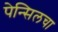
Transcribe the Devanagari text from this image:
पेन्सिलचा